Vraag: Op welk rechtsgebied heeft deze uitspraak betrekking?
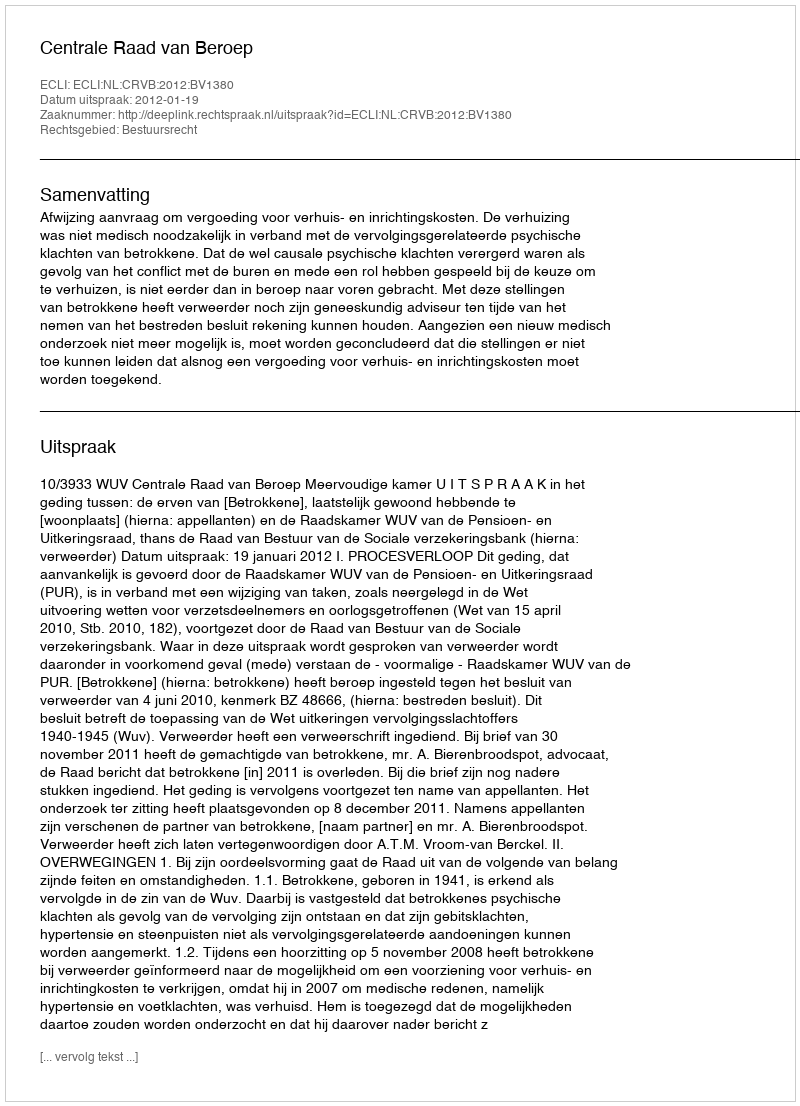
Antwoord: Bestuursrecht